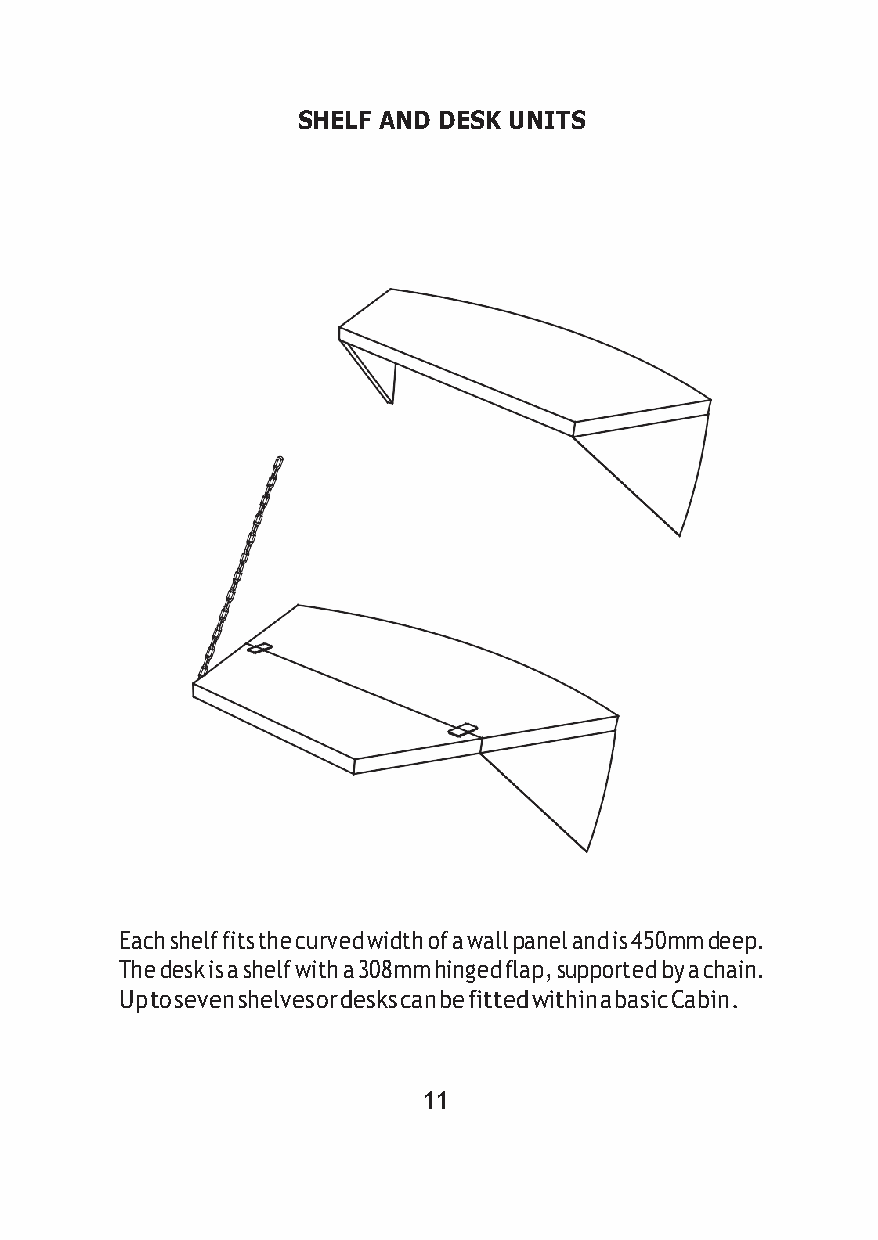
SHELF AND DESK UNITS
 Each shelf fits the curved width of a wall panel and is 450mm deep.
 The desk is a shelf with a 308mm hinged flap, supported by a chain.
 Up to seven shelves or desks can be fitted within a basic Cabin.
 11